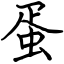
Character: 蛋